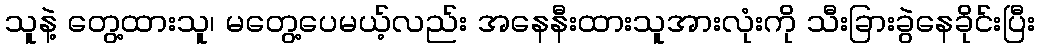
သူနဲ့ တွေ့ထားသူ၊ မတွေ့ပေမယ့်လည်း အနေနီးထားသူအားလုံးကို သီးခြားခွဲနေခိုင်းပြီး